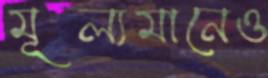
মূল্যমানেও